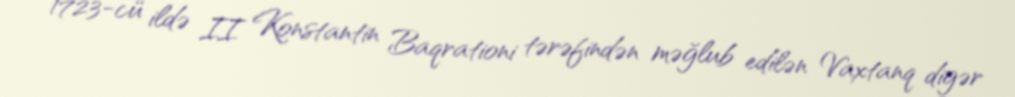
1723-cü ildə II Konstantin Baqrationi tərəfindən məğlub edilən Vaxtanq digər